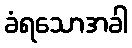
ခံရသောအခါ